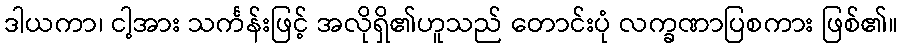
ဒါယကာ၊ ငါ့အား သင်္ကန်းဖြင့် အလိုရှိ၏ဟူသည် တောင်းပုံ လက္ခဏာပြစကား ဖြစ်၏။